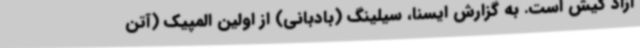
آزاد کیش است. به گزارش ایسنا، سیلینگ (بادبانی) از اولین المپیک (آتن